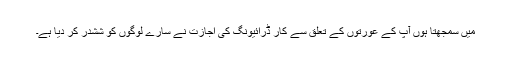
میں سمجهتا ہوں آپ کے عورتوں کے تعلق سے کار ڈرائیونگ کى اجازت نے سارے لوگوں کو ششدر کر دیا ہے۔